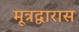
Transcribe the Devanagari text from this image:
मूत्रद्वारास